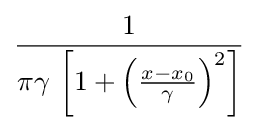
{\frac {1}{\pi \gamma \,\left[1+\left({\frac {x-x_{0}}{\gamma }}\right)^{2}\right]}}\!